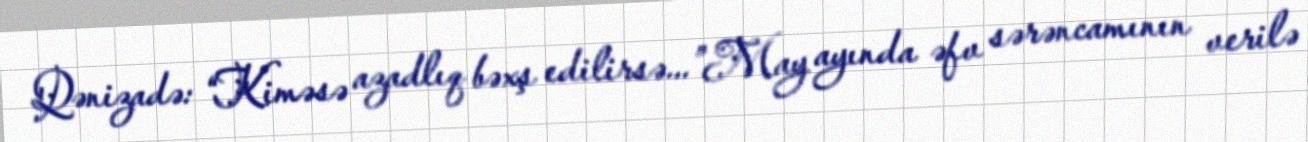
Qənizadə: “Kiməsə azadlıq bəxş edilirsə...”May ayında əfv sərəncamının verilə